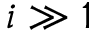
i \gg 1